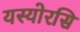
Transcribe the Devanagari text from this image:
यस्योरसि